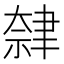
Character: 𫆕